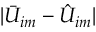
| \bar { U } _ { i m } - \hat { U } _ { i m } |